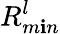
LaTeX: R_{m\mathbf{i}n}^{l}